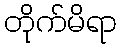
တိုက်မိရာ